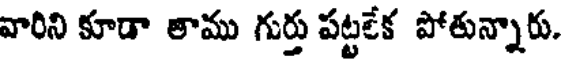
వారిని కూడా తాము గుర్తు పట్టలేక పోతున్నారు.